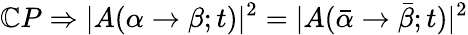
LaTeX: \mathbb{C}P\Rightarrow|A(\alpha\rightarrow\beta;t)|^{2}=|A(\bar{{\alpha}}\rightarrow\bar{{\beta}};t)|^{2}